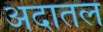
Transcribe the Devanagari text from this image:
अदातल